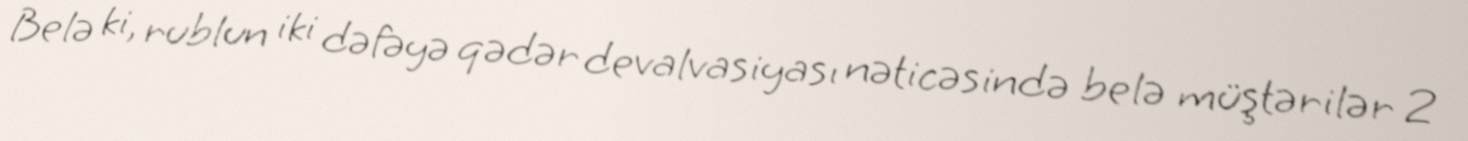
Belə ki, rublun iki dəfəyə qədər devalvasiyası nəticəsində belə müştərilər 2